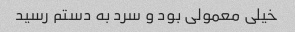
خیلی معمولی بود و سرد به دستم رسید